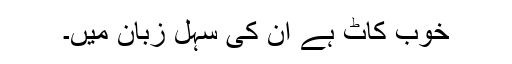
خوب کاٹ ہے ان کی سہل زبان میں۔